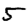
Digit: 5